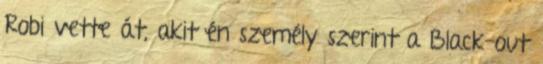
Robi vette át, akit én személy szerint a Black-out